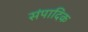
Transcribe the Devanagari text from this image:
संपादिक